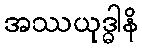
အဿယုဒ္ဓါနိ